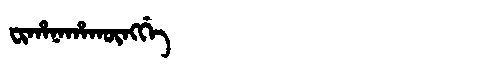
Manchu: ᠸᡳᡥᠠᠨᠠᡥᠠᡴᡡᠩᡤᡝ
Romanization: FIHANAHAKŪNGGE